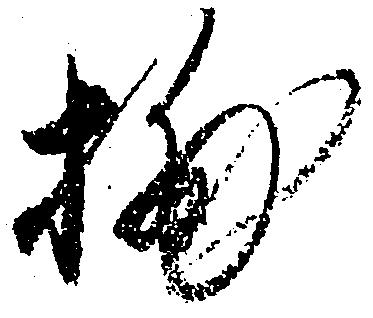
捕